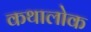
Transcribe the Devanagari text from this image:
कथालोक